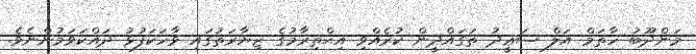
މަންދޫބު ހާތަމް އަލް ސަޢީދު ތަގައްދީން ކުރެއްވި އިޙްތިރާމުގެ ޒިޔާރަތުގައި ވާހަކަފުޅު ދައްކަވަމުންނެވެ.